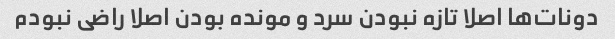
دونات‌ها اصلا تازه نبودن سرد و مونده بودن اصلا راضی نبودم